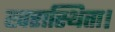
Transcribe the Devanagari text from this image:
खरास्थिता।